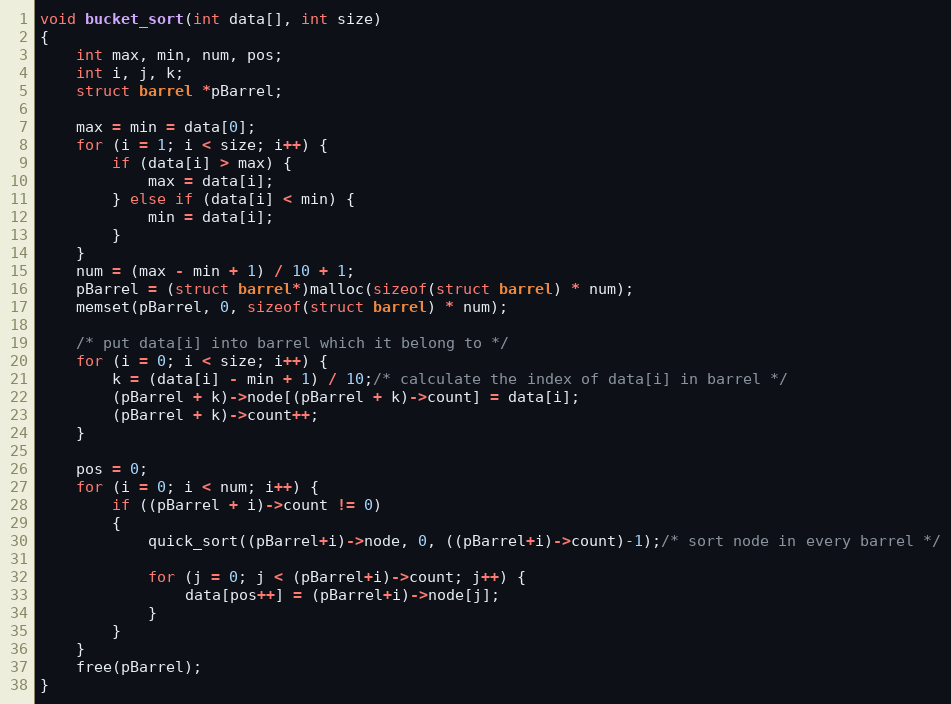
Language: C
void bucket_sort(int data[], int size)
{
    int max, min, num, pos;
    int i, j, k;
    struct barrel *pBarrel;

    max = min = data[0];
    for (i = 1; i < size; i++) {
        if (data[i] > max) {
            max = data[i];
        } else if (data[i] < min) {
            min = data[i];
        }
    }
    num = (max - min + 1) / 10 + 1;
    pBarrel = (struct barrel*)malloc(sizeof(struct barrel) * num);
    memset(pBarrel, 0, sizeof(struct barrel) * num);

    /* put data[i] into barrel which it belong to */
    for (i = 0; i < size; i++) {
        k = (data[i] - min + 1) / 10;/* calculate the index of data[i] in barrel */
        (pBarrel + k)->node[(pBarrel + k)->count] = data[i];
        (pBarrel + k)->count++;
    }

    pos = 0;
    for (i = 0; i < num; i++) {
		if ((pBarrel + i)->count != 0)
		{
            quick_sort((pBarrel+i)->node, 0, ((pBarrel+i)->count)-1);/* sort node in every barrel */

            for (j = 0; j < (pBarrel+i)->count; j++) {
                data[pos++] = (pBarrel+i)->node[j];
            }
		}
    }
    free(pBarrel);
}